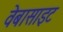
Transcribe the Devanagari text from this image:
वेबासाइट